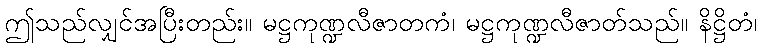
ဤသည်လျှင်အပြီးတည်း။ မဋ္ဌကုဏ္ဍလီဇာတကံ၊ မဋ္ဌကုဏ္ဍလီဇာတ်သည်။ နိဋ္ဌိတံ၊